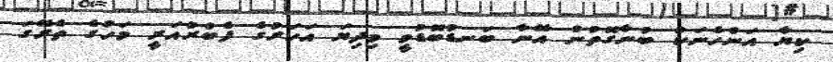
ކިޔާ އަންހެނަކު ބުނާގޮތުން އޭނާ ބަނޑުބޮޑުވީ މިދިޔަ އަހަރުގެ ފެބްރުއަރީ މަހުގެ ތެރޭގަ